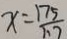
x = \frac { 1 7 5 } { 1 1 7 }